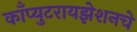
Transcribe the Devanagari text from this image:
काँप्युटरायझेशनचे